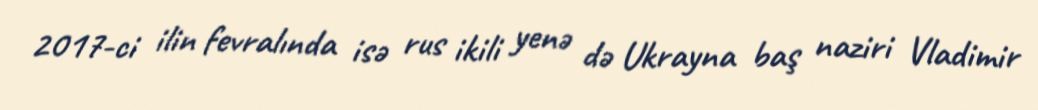
2017-ci ilin fevralında isə rus ikili yenə də Ukrayna baş naziri Vladimir